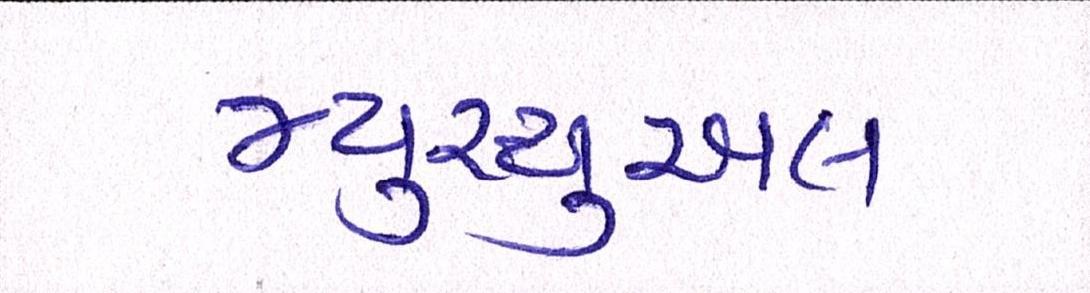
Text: મ્યુચ્યુઅલ